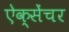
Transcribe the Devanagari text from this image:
ऐक्सेंचर